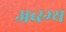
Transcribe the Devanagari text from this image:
अव्स्ग्य